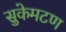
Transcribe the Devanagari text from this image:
सुकेमटण